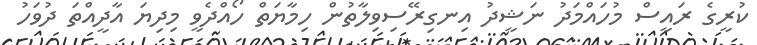
ކުރީގެ ރައީސް މުހައްމަދު ނަޝީދު އިނގިރޭސިވިލާތުން ހިމާޔަތް ހޯއްދެވީ މިދިޔަ އާދީއްތަ ދުވަހު